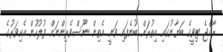
ރާއްޖެ ޓިވީގެ ބަޔާނުގައި އިތުރަށް ބުނެފައި ވަނީ އެތިން ނޫސްވެރިންނަށް ފުލުހުން އެކިވަރުގެ